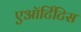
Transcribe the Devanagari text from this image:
एऑर्टिटिस